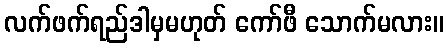
လက်ဖက်ရည်ဒါမှမဟုတ် ကော်ဖီ သောက်မလား။